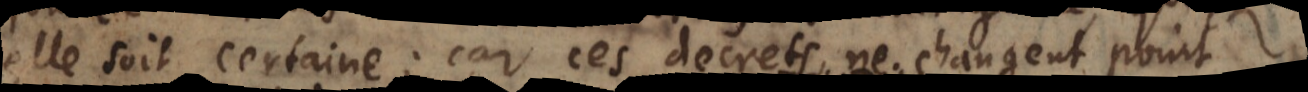
elle soit certaine; car ces decrets ne changent point